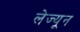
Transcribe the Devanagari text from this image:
लेज्यून